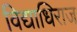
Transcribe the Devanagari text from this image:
विद्याधिराज